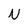
Character: N